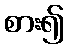
စား၍